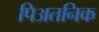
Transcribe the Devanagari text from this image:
पिअतनिक